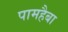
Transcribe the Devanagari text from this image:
पामहैबा